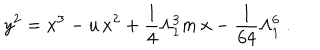
y ^ { 2 } = x ^ { 3 } - u \, x ^ { 2 } + \frac { 1 } { 4 } \Lambda _ { 1 } ^ { 3 } m \, x - \frac { 1 } { 6 4 } \Lambda _ { 1 } ^ { 6 } \; .